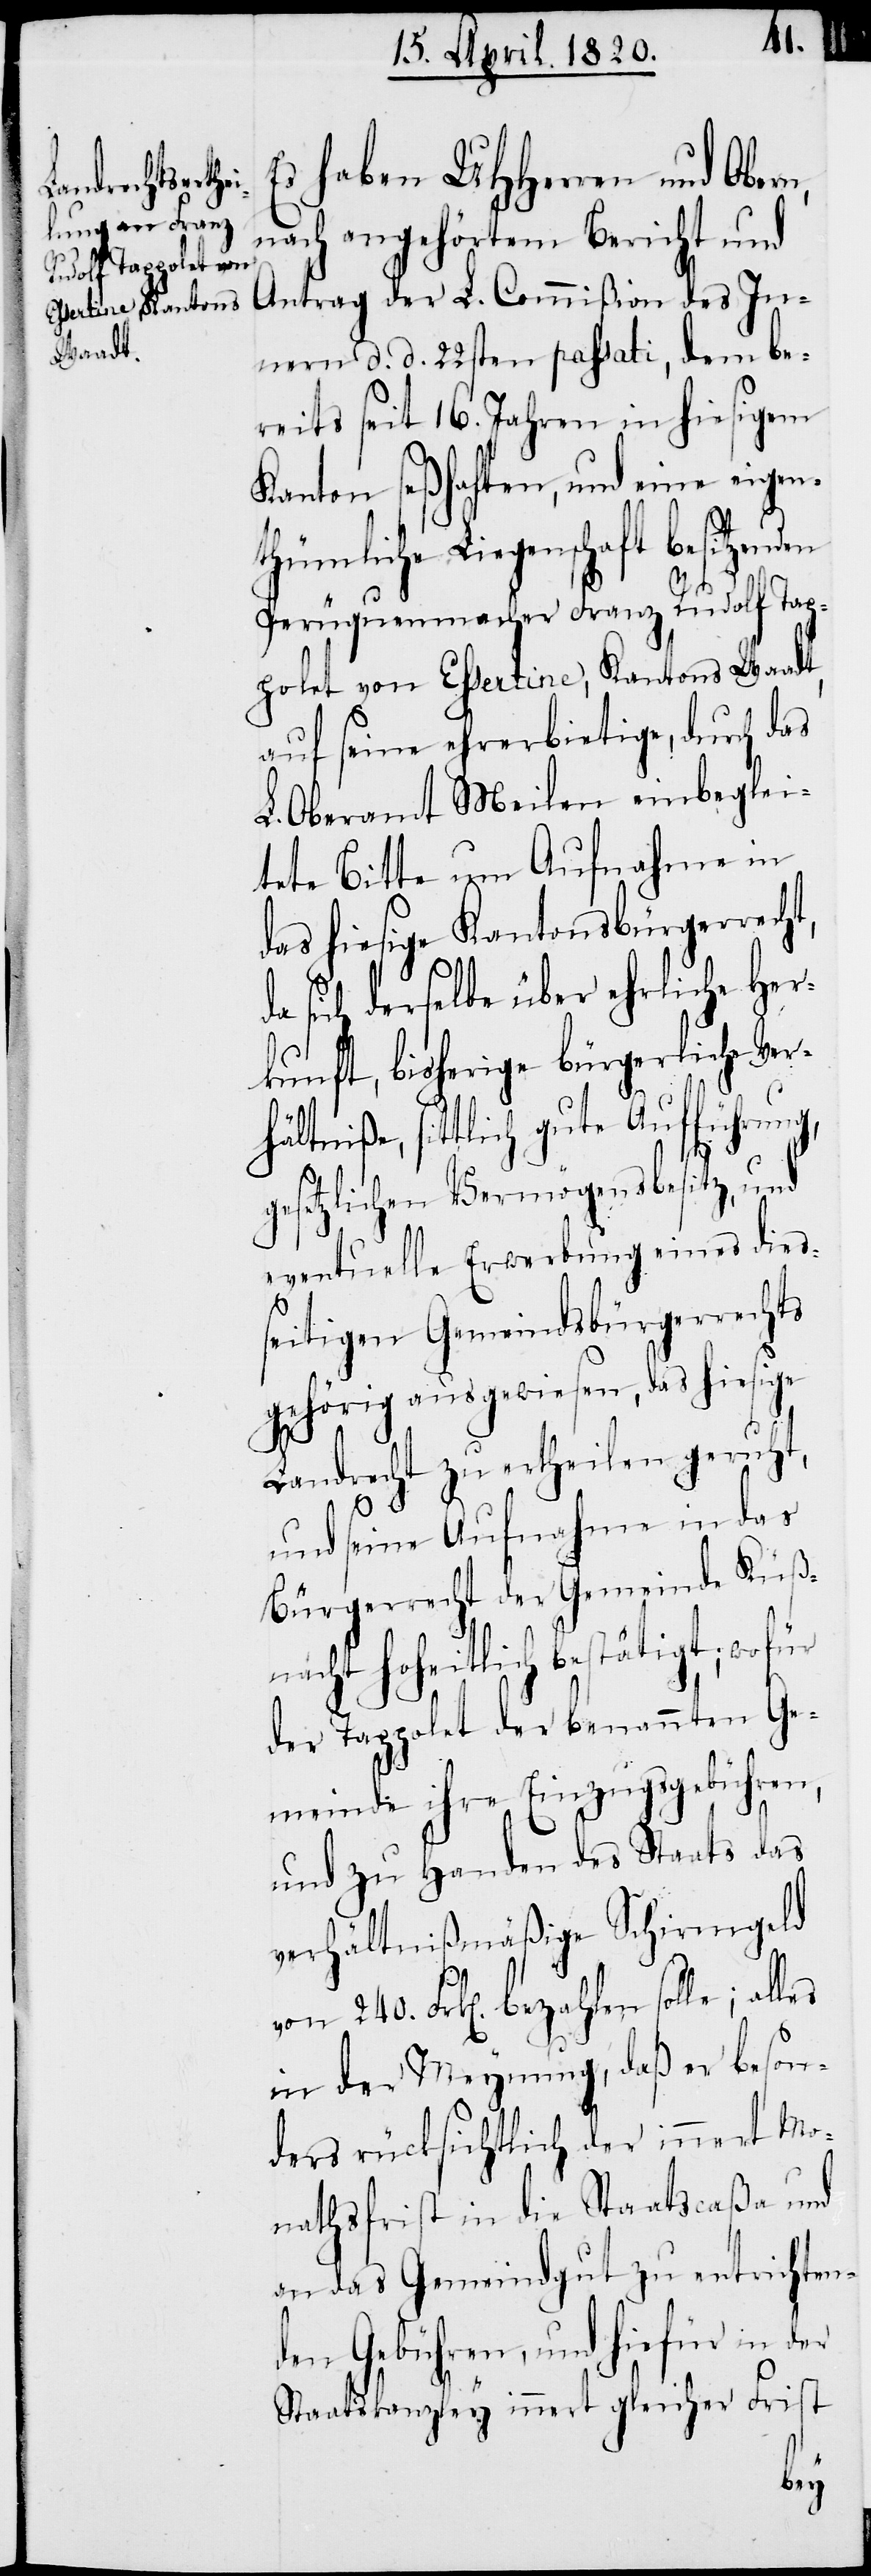
Es haben UHHerren und Obern,
nach angehörtem Bericht und
Antrag der L. Commißion des In¬
nern d. d. 22sten passati, dem be¬
reits seit 16. Jahren in hiesigem
Kanton seßhaften, und eine eigen¬
genschaft besitzenden
Perüquenmacher Franz Rudolf Tap¬
polet von Ehsertine, Kantons Waadt,
auf seine ehrerbietige, durch das
L. Oberamt Meilen einbeglei¬
tete Bitte um Aufnahme in
das hiesige Kantonsbürgerrech¬
da sich derselbe über ehrliche Her¬
kunft, bisherige bürgerliche Ver¬
hältniße, sittlich gute Aufführung,
g¬
esetzlichen Vermögensbesitz, und
eventuelle Erwerbung eines dies¬
seitigen Gemeindsbürgerrechts
gehörig ausgewiesen, das hiesige
Landrecht zu ertheilen geruht,
und seine Aufnahme in das
Bürgerrecht der Gemeinde Küß¬
nacht Hoheitlich bestätigt, wofür
der Tappolet der benannten Ge¬
meinde ihre Einzugsgebühren,
und zu Handen des Staats das
verhältnißmäßige Schirmgeld
von 240. Frk[en]. bezahlen
in der Meynung, daß er beson¬
ders rücksichtlich der innert Mo¬
nathsfrist in die Staatscaßa und
an das Gemeindgut zu entrichten¬
den Gebühren, und hiefür in
Staatskanzley innert gleicher Frist